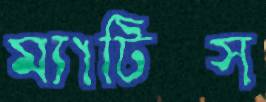
ম্যাটিক্স